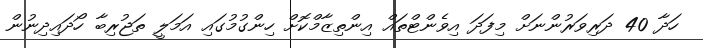
ހަދާ 40 ދަރިވަރުންނަށް މިފަދަ އިވެންޓްތައް އިންތިޒާމްކޮށް ހިންގުމުގައި އަމަލީ ތަޖުރިބާ ހޯދައިދިނުން